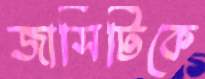
জার্সিটিকে